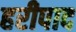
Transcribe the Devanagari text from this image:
हरीपाद